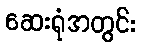
ဆေးရုံအတွင်း